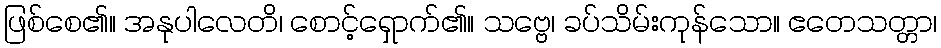
ဖြစ်စေ၏။ အနုပါလေတိ၊ စောင့်ရှောက်၏။ သဗ္ဗေ၊ ခပ်သိမ်းကုန်သော။ ဧတေသတ္တာ၊